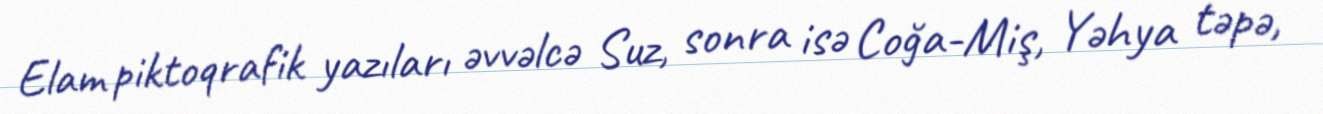
Elam piktoqrafik yazıları əvvəlcə Suz, sonra isə Coğa-Miş, Yəhya təpə,